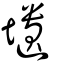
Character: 壝